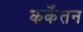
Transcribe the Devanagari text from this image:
कर्केंतन